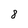
Character: 8